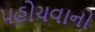
પહોચવાનો